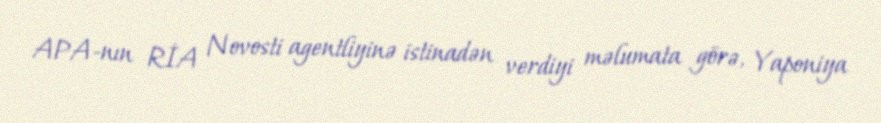
APA-nın RİA Novosti agentliyinə istinadən verdiyi məlumata görə, Yaponiya